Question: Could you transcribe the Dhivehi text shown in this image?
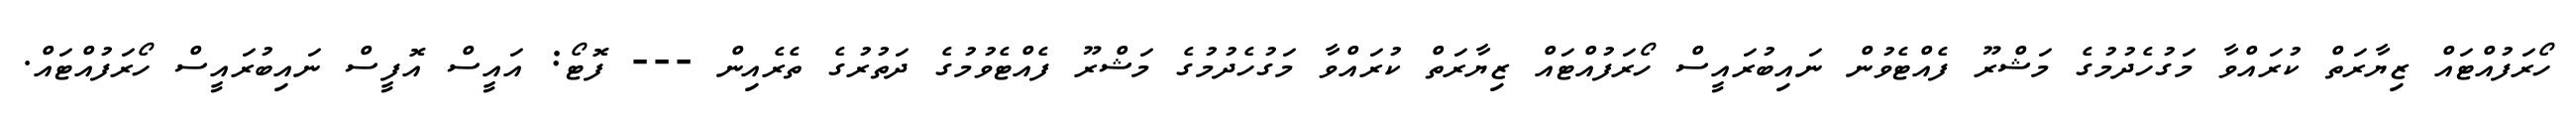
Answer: ހޯރަފުއްޓައް ޒިޔާރަތް ކުރައްވާ މަގުހެދުމުގެ މަޝްރޫ ފެއްޓެވުން ނައިބުރައީސް ހޯރަފުއްޓައް ޒިޔާރަތް ކުރައްވާ މަގުހެދުމުގެ މަޝްރޫ ފެއްޓެވުމުގެ ދަތުރުގެ ތެރެއިން --- ފޮޓޯ: އައީސް އޮފީސް ނައިބުރައީސް ހޯރަފުއްޓައް.